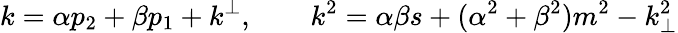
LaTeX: k=\alpha p_{2}+\beta p_{1}+k^{\perp},\qquad k^{2}=\alpha\beta s+(\alpha^{2}+\beta^{2})m^{2}-k_{\perp}^{2}